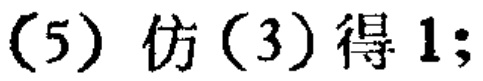
(5) 仿(3) 得 1;